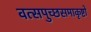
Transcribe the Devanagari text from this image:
वत्सपुच्छसमाकृष्टो